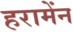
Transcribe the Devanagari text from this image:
हरामेंन